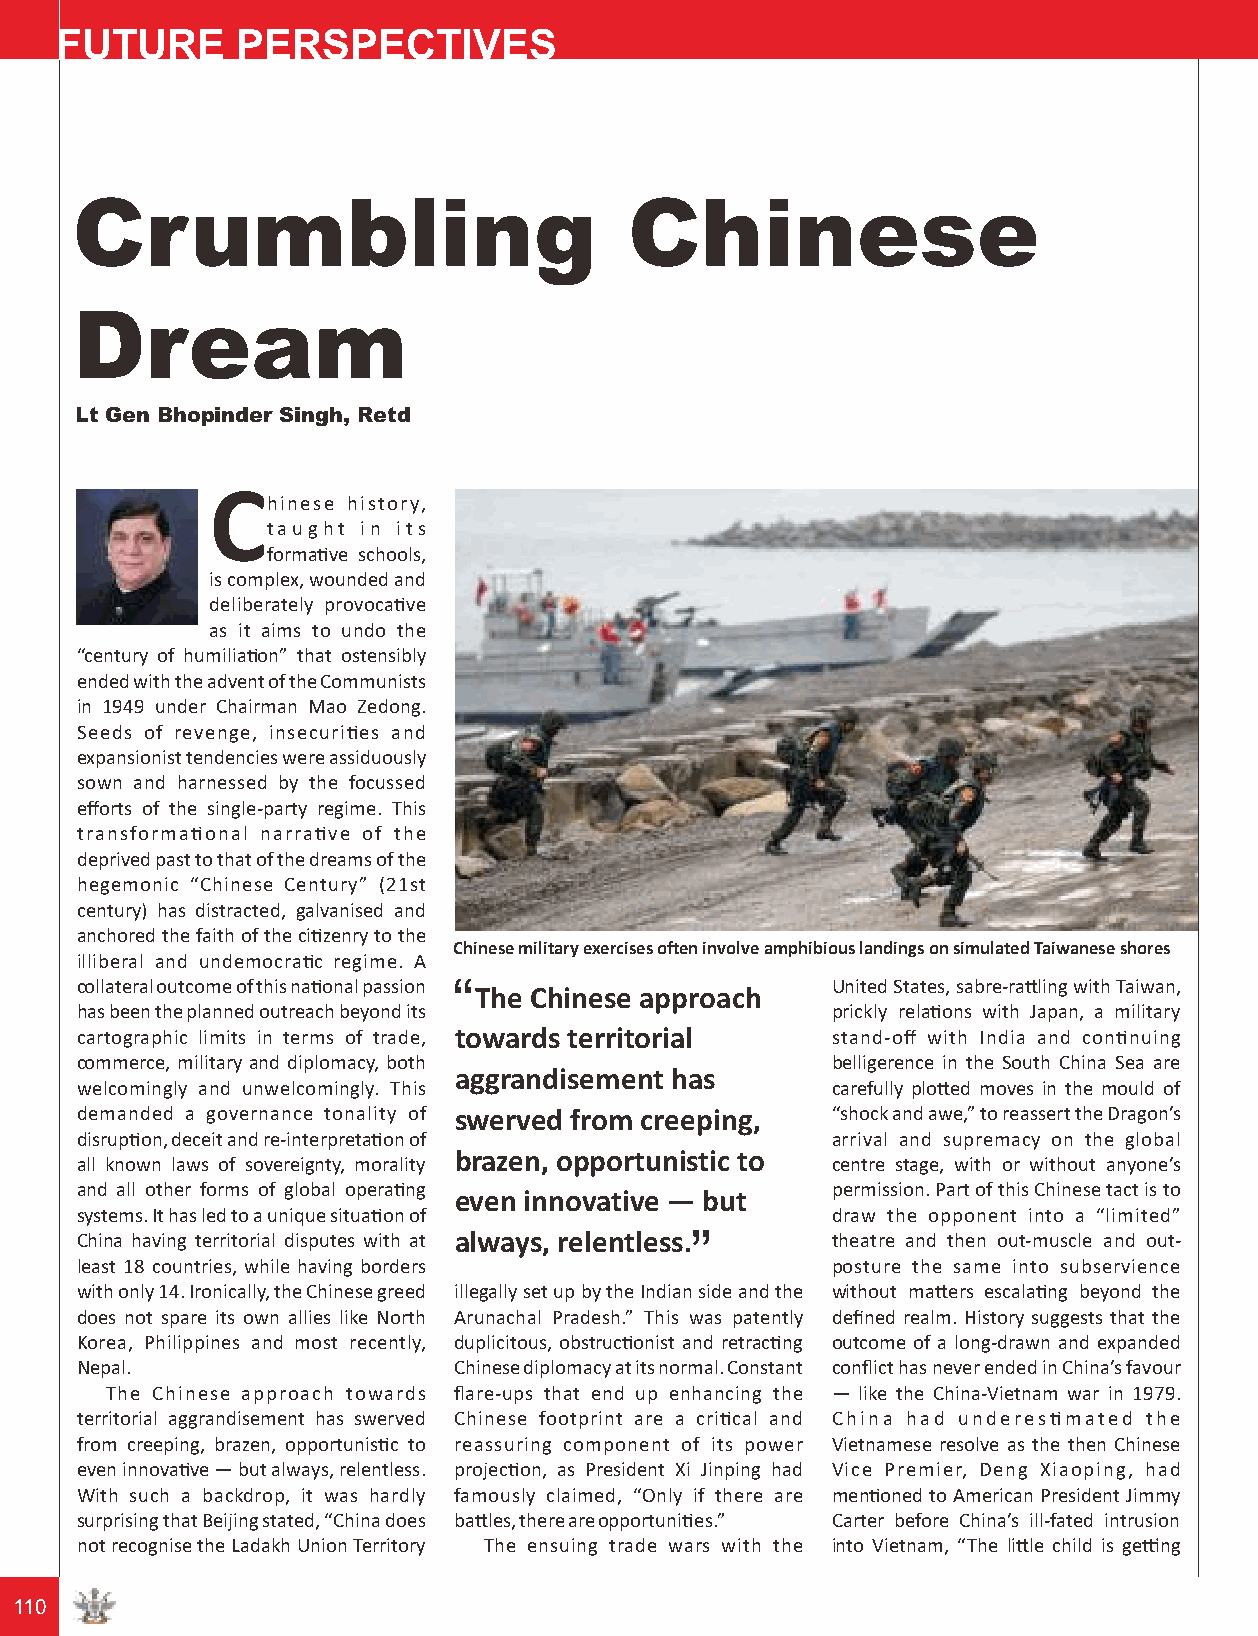
FUTURE      PERSPECTIVES
 Crumbling                           Chinese
 Dream
 Lt Gen Bhopinder Singh, Retd
 C
 hinese history,
 taught in its
 formave schools,
 is complex, wounded and
 deliberately provocave
 as it aims to undo the
 “century of humiliaon” that ostensibly
 ended with the advent of the Communists
 in 1949 under Chairman Mao Zedong.
 Seeds of revenge, insecuries and
 expansionist tendencies were assiduously
 sown and harnessed by the focussed
 efforts of the single-party regime. This
 transformaonal narrave of the
 deprived past to that of the dreams of the
 hegemonic “Chinese Century” (21st
 century) has distracted, galvanised and
 anchored the faith of the cizenry to the
 Chinese military exercises often involve amphibious landings on simulated Taiwanese shores
 illiberal and undemocrac regime. A
 collateral outcome of this naonal passion “      United States, sabre-raling with Taiwan,
 The Chinese approach
 has been the planned outreach beyond its          prickly relaons with Japan, a military
 cartographic limits in terms of trade, towards territorial stand-off with India and connuing
 commerce, military and diplomacy, both            belligerence in the South China Sea are
 aggrandisement has
 welcomingly and unwelcomingly. This               carefully ploed moves in the mould of
 demanded a governance tonality of swerved from creeping, “shock and awe,” to reassert the Dragon’s
 disrupon, deceit and re-interpretaon of         arrival and supremacy on the global
 brazen, opportunistic to
 all known laws of sovereignty, morality           centre stage, with or without anyone’s
 and all other forms of global operang even innovative —“ but permission. Part of this Chinese tact is to
 systems. It has led to a unique situaon of       draw the opponent into a “limited”
 China having territorial disputes with at always, relentless. theatre and then out-muscle and out-
 least 18 countries, while having borders          posture the same into subservience
 with only 14. Ironically, the Chinese greed illegally set up by the Indian side and the without maers escalang beyond the
 does not spare its own allies like North Arunachal Pradesh.” This was patently defined realm. History suggests that the
 Korea, Philippines and most recently, duplicitous, obstruconist and retracng outcome of a long-drawn and expanded
 Nepal.                   Chinese diplomacy at its normal. Constant conflict has never ended in China’s favour
 The Chinese approach towards flare-ups that end up enhancing the — like the China-Vietnam war in 1979.
 territorial aggrandisement has swerved Chinese footprint are a crical and China had underesmated the
 from creeping, brazen, opportunisc to reassuring component of its power Vietnamese resolve as the then Chinese
 even innovave — but always, relentless. projecon, as President Xi Jinping had Vice Premier, Deng Xiaoping, had
 With such a backdrop, it was hardly famously claimed, “Only if there are menoned to American President Jimmy
 surprising that Beijing stated, “China does bales, there are opportunies.” Carter before China’s ill-fated intrusion
 not recognise the Ladakh Union Territory The ensuing trade wars with the into Vietnam, “The lile child is geng
 110